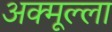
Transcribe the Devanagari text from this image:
अक्मूल्ला